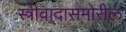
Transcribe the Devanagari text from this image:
स्त्रीवादासमोरील